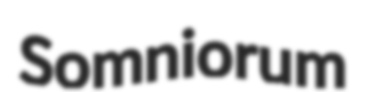
Somniorum